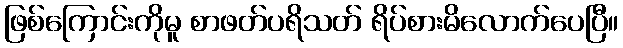
ဖြစ်ကြောင်းကိုမူ စာဖတ်ပရိသတ် ရိပ်စားမိလောက်ပေပြီ။